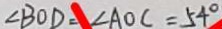
\angle B O D = \angle A O C = 5 4 ^ { \circ }